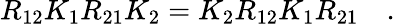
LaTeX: R_{12}K_{1}R_{21}K_{2}=K_{2}R_{12}K_{1}R_{21}\quad.